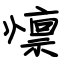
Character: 懔